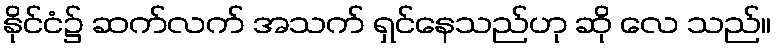
နိုင်ငံ၌ ဆက်လက် အသက် ရှင်နေသည်ဟု ဆို လေ သည်။